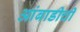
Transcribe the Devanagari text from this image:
आंबाडीची